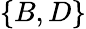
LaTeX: \{ B,D\}